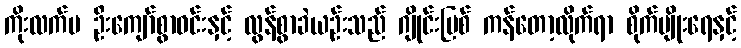
ကိုးလက်မ ဦးကျော်စွာဝင်းနှင့် လွန်စွာခဲယဉ်းသည် ဂျိုင်းမြစ် ကန်တော့လိုက်ရာ စိုက်ပျိုးရေနှင့်